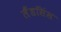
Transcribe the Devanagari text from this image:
लैंडसिंस